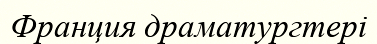
Франция драматургтері